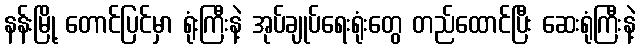
နန်းမြို့ တောင်ပြင်မှာ ရုံးကြီးနဲ့ အုပ်ချုပ်ရေးရုံးတွေ တည်ထောင်ပြီး ဆေးရုံကြီးနဲ့